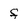
Character: f